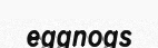
eggnogs